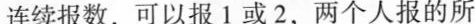
连续报数，可以报1或2，两个人报的所